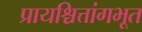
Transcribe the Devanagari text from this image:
प्रायश्चित्तांगभूत